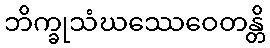
ဘိက္ခုသံဃဿေဝေတန္တိ